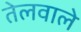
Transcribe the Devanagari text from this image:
तेलवाले